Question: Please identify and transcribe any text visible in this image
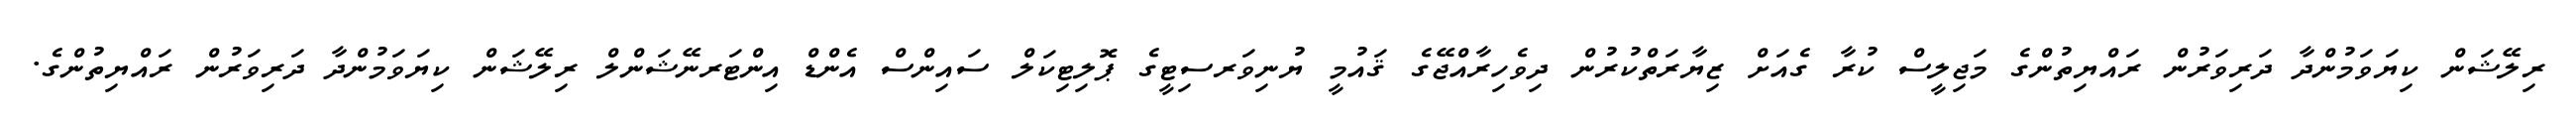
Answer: ރިލޭޝަން ކިޔަވަމުންދާ ދަރިވަރުން ރައްޔިތުންގެ މަޖިލީސް ކުރާ ގެއަށް ޒިޔާރަތްކުރުން ދިވެހިރާއްޖޭގެ ޤައުމީ ޔުނިވަރސިޓީގެ ޕޮލިޓިކަލް ސައިންސް އެންޑް އިންޓަރނޭޝަންލް ރިލޭޝަން ކިޔަވަމުންދާ ދަރިވަރުން ރައްޔިތުންގެ.